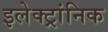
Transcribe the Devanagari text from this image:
इलेक्ट्रांनिक